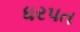
ધરપત